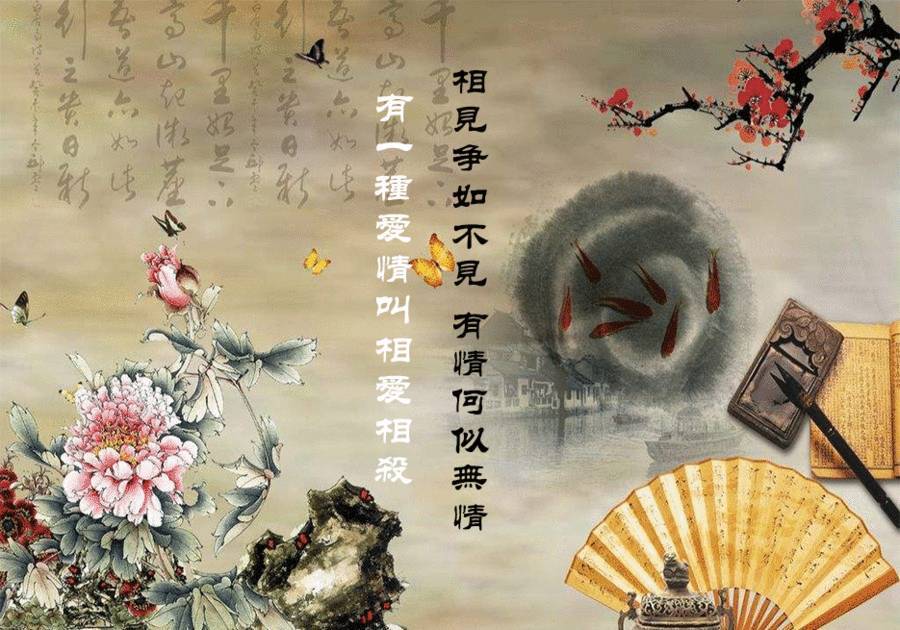
相见争如不见，多情何似无情。